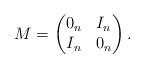
LaTeX: \begin{align*}M&=\begin{pmatrix} 0_n & I_n \\ I_n & 0_n\end{pmatrix}.\end{align*}